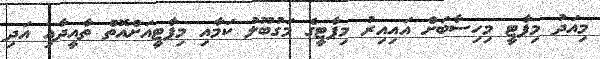
މިއަދު މިޕާޓީ މިހިސާބަށް އައިއިރު މިޕާޓީގެ މަގުބޫލު ކަމާއި މިޕާޓީއަށްއޮތް ތާއީދާއި އަދި